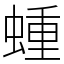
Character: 蝩